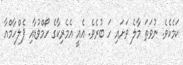
ކަމެކެވެ. ނުވަތަ މާލެ ވަށައި ހަ ބުރެވެ. އެއީ އެމެރިކާގެ ހޯމްވުޑާއި ޕެލްހާމްއާ